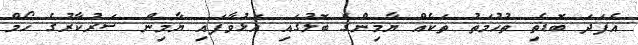
އެފަދަ ބޮޑެތި ތުހުމަތު ތަކެއް ޔާމިންގެ ބޮލުގައި އަޅުވާފައި ޔާމިން ސަރުކާރުގެ ހޯމް